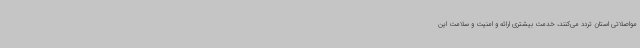
مواصلاتی استان تردد می‌کنند، خدمت بیشتری ارائه و امنیت و سلامت این